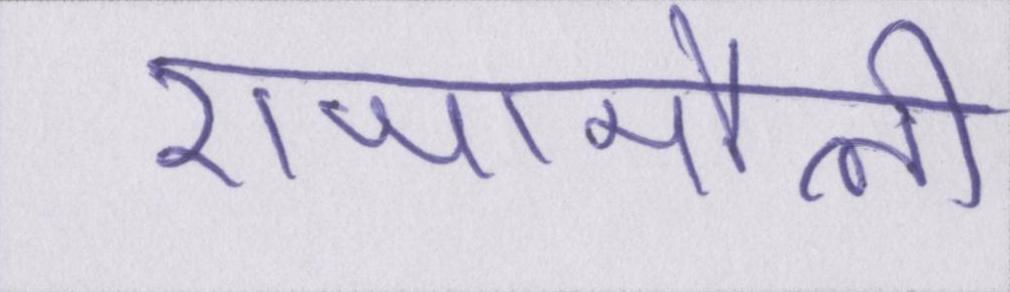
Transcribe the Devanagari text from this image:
राजामौली